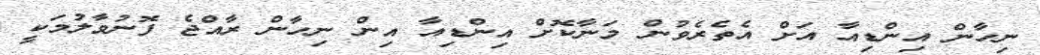
ނިހާން އިންޑިއާ އަށް އެތެރެވުން މަނާކޮށް އިންޑިއާ އިން ނިހާން ރާއްޖެ ފޮނުވާލުމަކީ